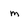
Character: m